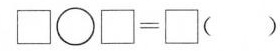
$$\square\bigcirc\square=\square（ ）$$